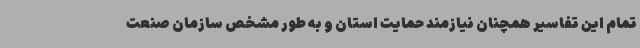
تمام این تفاسیر همچنان نیازمند حمایت استان و به طور مشخص سازمان صنعت